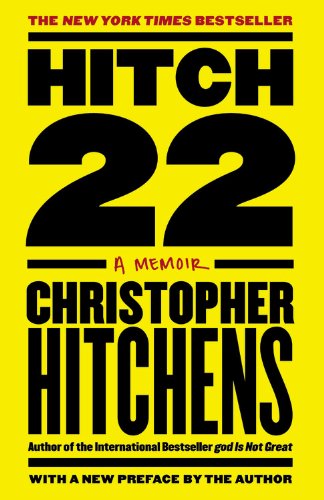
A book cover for Hitch-22: A Memoir; Christopher Hitchens; Biographies & Memoirs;